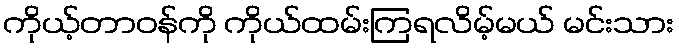
ကိုယ့်တာဝန်ကို ကိုယ်ထမ်းကြရလိမ့်မယ် မင်းသား